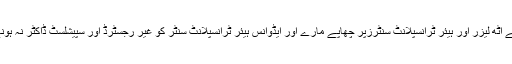
کمیشن کی ٹیموں نے آٹھ لیزر اور ہیئر ٹرانسپلانٹ سنٹرزپر چھاپے مارے اور ایڈوانس ہیئر ٹرانسپلانٹ سنٹر کو غیر رجسٹرڈ اور سپیشلسٹ ڈاکٹر نہ ہونے کی بنا بند کردیا۔